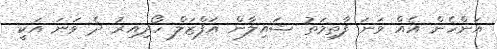
އަންހެން އެއް ވަނަ ފާތިމަތު ޝައިލާން އަފްޒަލް ހޯދިއިރު ދެ ވަނަ އަކީ